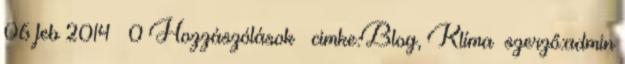
06 feb 2014 0 Hozzászólások cimke:Blog, Klíma szerző:admin